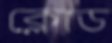
ক্লোড